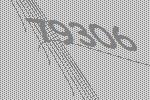
79306